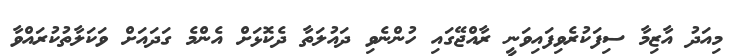
މިއަދު އާޒިމާ ސިފަކުރެވިފައިވަނީ ރާއްޖޭގައި ހުންނެވި ދައުލަތާ ދެކޮޅަށް އެންމެ ގަދައަށް ވަކަލާތުކުރައްވާ